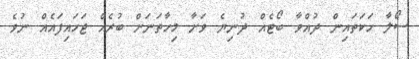
ސޯލާ ހަަކަތައިން ދުއްވާ ބޯޓެއް ދުނިޔެ ވަށާ މިހާތަނަށް ބުރެއް ޖަަހައިފައެއް ނުވެ